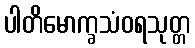
ပါတိမောက္ခသံဝရသုတ္တ